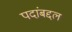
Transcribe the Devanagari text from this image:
पदांबद्दल